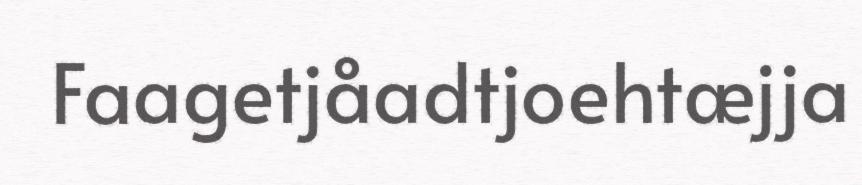
Faagetjåadtjoehtæjja